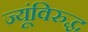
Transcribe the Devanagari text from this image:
ज्यूंविरुद्ध